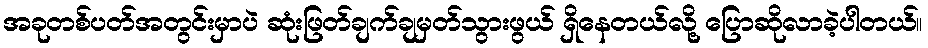
အခုတစ်ပတ်အတွင်းမှာပဲ ဆုံးဖြတ်ချက်ချမှတ်သွားဖွယ် ရှိနေတယ်လို့ ပြောဆိုလာခဲ့ပါတယ်။